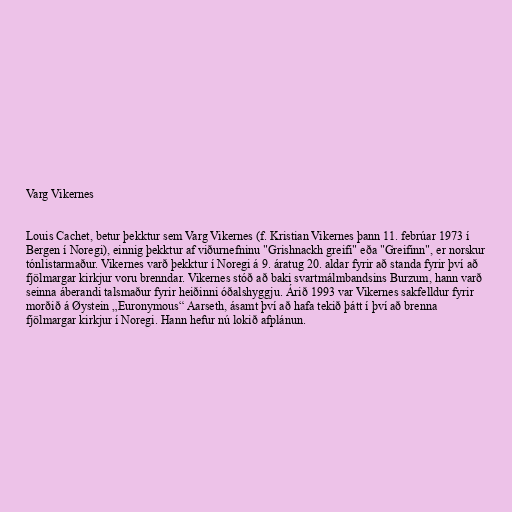
Varg Vikernes

Louis Cachet, betur þekktur sem Varg Vikernes (f. Kristian Vikernes þann 11. febrúar 1973 í
Bergen í Noregi), einnig þekktur af viðurnefninu "Grishnackh greifi" eða "Greifinn", er norskur
tónlistarmaður. Vikernes varð þekktur í Noregi á 9. áratug 20. aldar fyrir að standa fyrir því að
fjölmargar kirkjur voru brenndar. Vikernes stóð að baki svartmálmbandsins Burzum, hann varð
seinna áberandi talsmaður fyrir heiðinni óðalshyggju. Árið 1993 var Vikernes sakfelldur fyrir
morðið á Øystein „Euronymous“ Aarseth, ásamt því að hafa tekið þátt í því að brenna
fjölmargar kirkjur í Noregi. Hann hefur nú lokið afplánun.